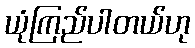
ယုံကြည်ပါတယ်ဟု